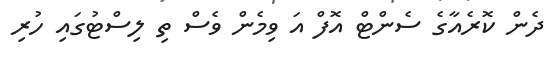
ދެން ކޮރެއާގެ ސެންޓް އޮފް އަ ވިމެން ވެސް ތި ލިސްޓުގައި ހުރި